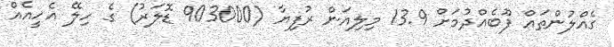
ގެއްލުންތައް ފޫބެއްދުމަށް 13.9 މިލިއަން ރުފިޔާ (903000 ޑޮލަރު) ގެ ހިލޭ އެހީއެއް